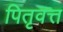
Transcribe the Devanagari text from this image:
पितृवत्त